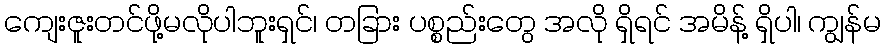
ကျေးဇူးတင်ဖို့မလိုပါဘူးရှင်၊ တခြား ပစ္စည်းတွေ အလို ရှိရင် အမိန့် ရှိပါ၊ ကျွန်မ